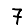
Digit: 7